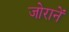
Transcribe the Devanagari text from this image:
जोरानें